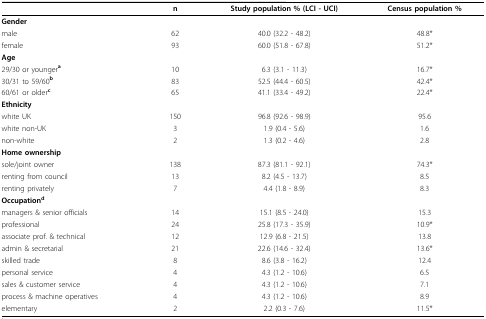
|  | n | Study population % (LCI - UCI) | Census population % |
 | --- | --- | --- | --- |
 | Gender |  |  |  |
 | male | 62 | 40.0 (32.2 - 48.2) | 48.8* |
 | female | 93 | 60.0 (51.8 - 67.8) | 51.2* |
 | Age |  |  |  |
 | 29/30 or youngera | 10 | 6.3 (3.1 - 11.3) | 16.7* |
 | 30/31 to 59/60b | 83 | 52.5 (44.4 - 60.5) | 42.4* |
 | 60/61 or olderc | 65 | 41.1 (33.4 - 49.2) | 22.4* |
 | Ethnicity |  |  |  |
 | white UK | 150 | 96.8 (92.6 - 98.9) | 95.6 |
 | white non-UK | 3 | 1.9 (0.4 - 5.6) | 1.6 |
 | non-white | 2 | 1.3 (0.2 - 4.6) | 2.8 |
 | Home ownership |  |  |  |
 | sole/joint owner | 138 | 87.3 (81.1 - 92.1) | 74.3* |
 | renting from council | 13 | 8.2 (4.5 - 13.7) | 8.5 |
 | renting privately | 7 | 4.4 (1.8 - 8.9) | 8.3 |
 | Occupationd |  |  |  |
 | managers & senior officials | 14 | 15.1 (8.5 - 24.0) | 15.3 |
 | professional | 24 | 25.8 (17.3 - 35.9) | 10.9* |
 | associate prof. & technical | 12 | 12.9 (6.8 - 21.5) | 13.8 |
 | admin & secretarial | 21 | 22.6 (14.6 - 32.4) | 13.6* |
 | skilled trade | 8 | 8.6 (3.8 - 16.2) | 12.4 |
 | personal service | 4 | 4.3 (1.2 - 10.6) | 6.5 |
 | sales & customer service | 4 | 4.3 (1.2 - 10.6) | 7.1 |
 | process & machine operatives | 4 | 4.3 (1.2 - 10.6) | 8.9 |
 | elementary | 2 | 2.2 (0.3 - 7.6) | 11.5* |